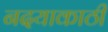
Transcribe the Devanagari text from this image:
नदयाकाठी